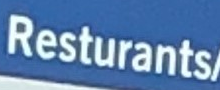
Resturants